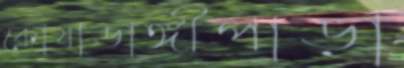
কোষাডাঙ্গীপাড়া